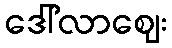
ဒေါ်လာဈေး